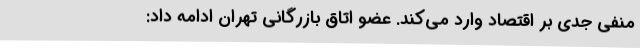
منفی جدی بر اقتصاد وارد می‌کند. عضو اتاق بازرگانی تهران ادامه داد: